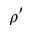
\rho ^ { \prime }